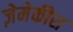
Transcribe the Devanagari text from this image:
ज़ेमेकीस